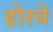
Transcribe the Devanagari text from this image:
होरचे